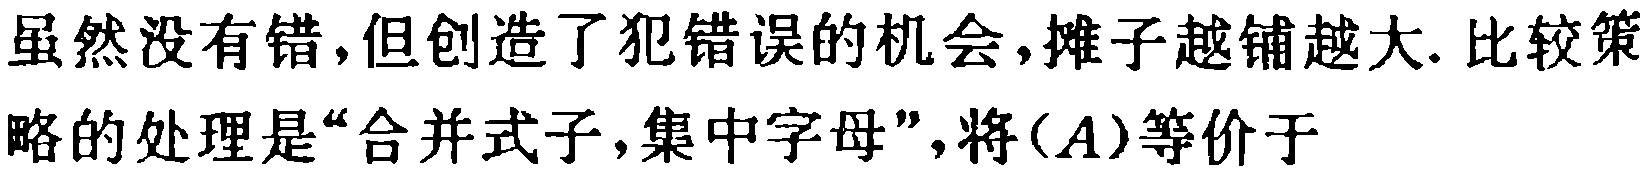
虽然没有错,但创造了犯错误的机会,摊子越铺越大. 比较策略的处理是“合并式子,集中字母”,将$(A)$等价于